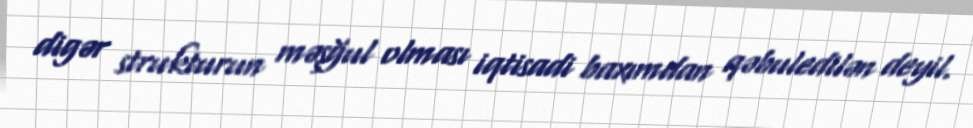
digər strukturun məşğul olması iqtisadi baxımdan qəbuledilən deyil.